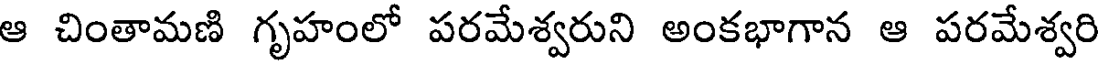
ఆ చింతామణి గృహంలో పరమేశ్వరుని అంకభాగాన ఆ పరమేశ్వరి